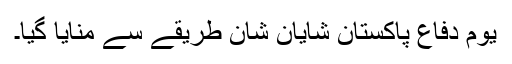
یوم دفاع پاکستان شایان شان طریقے سے منایا گیا۔